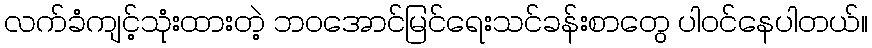
လက်ခံကျင့်သုံးထားတဲ့ ဘဝအောင်မြင်ရေးသင်ခန်းစာတွေ ပါဝင်နေပါတယ်။